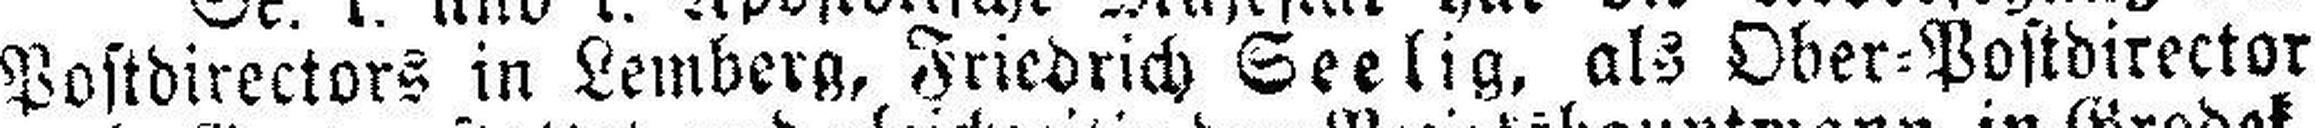
Postdirectors in Lemberg, Friedrich Seelig, als Ober=Postdirector